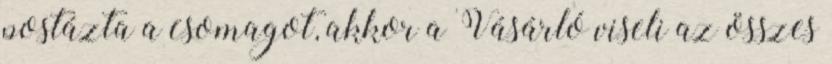
postázta a csomagot, akkor a Vásárló viseli az összes